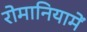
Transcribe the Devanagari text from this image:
रोमानियामें